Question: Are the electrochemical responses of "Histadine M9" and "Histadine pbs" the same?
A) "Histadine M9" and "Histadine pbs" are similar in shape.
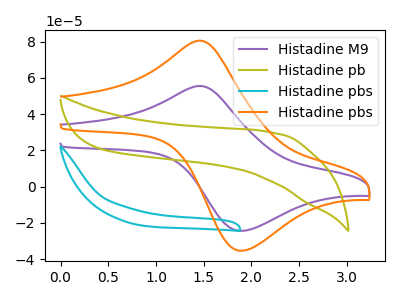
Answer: <think>The purple curve "Histadine M9" has an anodic peak at (1.45V, 55.55uA) and a cathodic peak at (1.90V, -24.35uA). The olive curve "Histadine pb" has no peaks. The cyan curve "Histadine pbs" has no peaks. The orange curve "Histadine pbs" has an anodic peak at (1.45V, 80.50uA) and a cathodic peak at (1.90V, -35.30uA).
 All the peaks in "Histadine M9" have a peak in "Histadine pbs" at the same potential. Every peak in "Histadine M9" is lower than every peak in "Histadine pbs".</think>
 <answer>A) "Histadine M9" and "Histadine pbs" are similar in shape.</answer>
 <eval>A</eval>